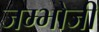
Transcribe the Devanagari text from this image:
जम्भोजी